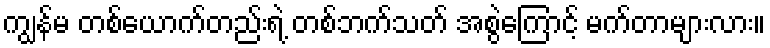
ကျွန်မ တစ်ယောက်တည်းရဲ့ တစ်ဘက်သတ် အစွဲကြောင့် မက်တာများလား။